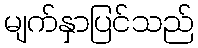
မျက်နှာပြင်သည်